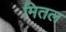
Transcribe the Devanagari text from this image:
मितल